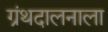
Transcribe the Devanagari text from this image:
ग्रंथदालनाला